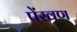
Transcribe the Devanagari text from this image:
प्रेंखण